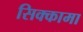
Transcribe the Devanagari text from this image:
सिक्कामा